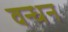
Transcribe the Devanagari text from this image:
वन्धन